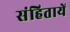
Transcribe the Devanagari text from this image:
संहितायें